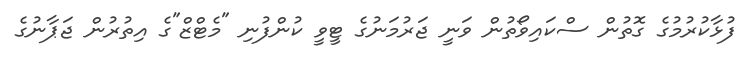
ފުޅާކުރުމުގެ ގޮތުން ސްކައިވޯތުން ވަނީ ޖަރުމަނުގެ ޓީވީ ކުންފުނި "މެޓްޒް"ގެ އިތުރުން ޖަޕާނުގެ